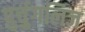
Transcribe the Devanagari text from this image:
पुर्चुगलिज